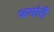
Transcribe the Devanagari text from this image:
धामोरी